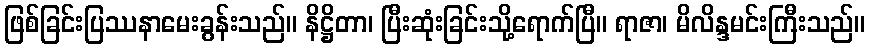
ဖြစ်ခြင်းပြဿနာမေးခွန်းသည်။ နိဋ္ဌိတာ၊ ပြီးဆုံးခြင်းသို့ရောက်ပြီ။ ရာဇာ၊ မိလိန္ဒမင်းကြီးသည်။